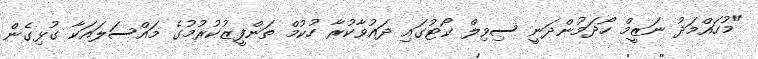
"މުހައްމަދު ނަޒީމް ހޯދަމުންދަނީ ސިވިލް ކޯޓުގައި ދައުވާކުރާ ހުކުމް ތަންފީޒުކުރުމުގެ މައްސަލައަކާ ގުޅިގެން